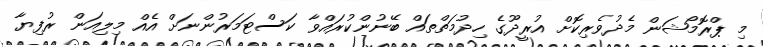
މި ޕްރޮމޯޝަން މެދުވެރިކޮށް އުރީދޫގެ ހިދުމަތްތައް ބޭނުންކުރައްވާ ކަސްޓަމަރުންނަށް އެއް މިލިއަން ރުފިޔާ